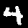
Label: 4